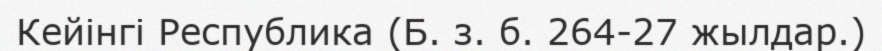
Кейінгі Республика (Б. з. б. 264-27 жылдар.)